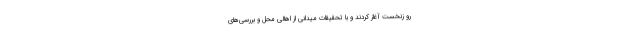
رو زنخست آغاز کردند و با تحقیقات میدانی از اهالی محل و بررسی‌های